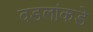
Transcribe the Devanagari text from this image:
वडलांकडे